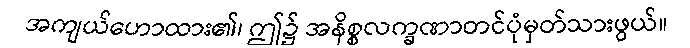
အကျယ်ဟောထား၏၊ ဤ၌ အနိစ္စလက္ခဏာတင်ပုံမှတ်သားဖွယ်။